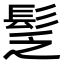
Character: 𩬪